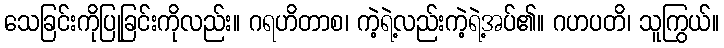
သေခြင်းကိုပြုခြင်းကိုလည်း။ ဂရဟိတာစ၊ ကဲ့ရဲ့လည်းကဲ့ရဲ့အပ်၏။ ဂဟပတိ၊ သူကြွယ်။